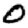
Digit: 0